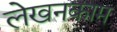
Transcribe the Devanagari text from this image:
लेखनकाम